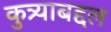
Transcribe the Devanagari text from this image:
कुत्र्याबद्दल